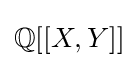
\mathbb {Q} [[X,Y]]